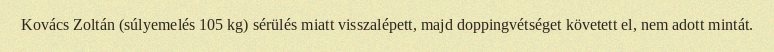
Kovács Zoltán (súlyemelés 105 kg) sérülés miatt visszalépett, majd doppingvétséget követett el, nem adott mintát.